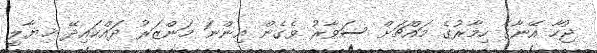
ޖުހާ އޭނާގެ ހިމާރުގެ މައްޗަށް ސަވާރު ވެގެން އިންނަ މަންޒަރު ދައްކައިދޭ ޚިޔާލީ